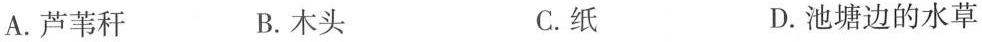
A.芦苇秆 B.木头 C.纸 D.池塘边的水草